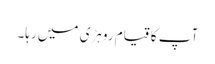
آپ کا قیام روہڑی میں رہا۔